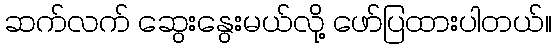
ဆက်လက် ဆွေးနွေးမယ်လို့ ဖော်ပြထားပါတယ်။